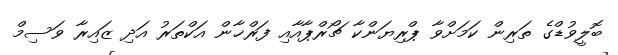
ބޮލީވުޑްގެ ތަރިން ކަމަށްވާ ޕްރިޔަންކާ ޗޯރްޕާއާއި ފަރްޚާން އަކްތަރު އަދި ޒައިރާ ވަސިމް